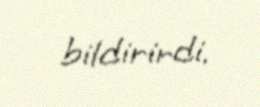
bildirirdi.